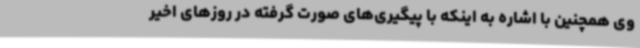
وی همچنین با اشاره به اینکه با پیگیری‌های صورت گرفته در روزهای اخیر